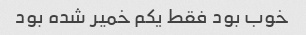
خوب بود فقط یکم خمیر شده بود